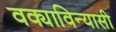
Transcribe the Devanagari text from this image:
वक्याविन्यासी